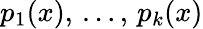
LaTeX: p_{1}(x),\, \ldots,\, p_{k}(x)